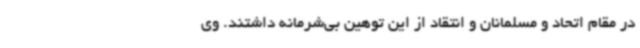
در مقام اتحاد و مسلمانان و انتقاد از این توهین بی‌شرمانه داشتند. وی